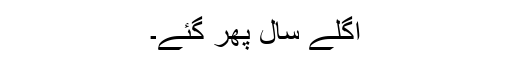
اگلے سال پھر گئے۔